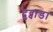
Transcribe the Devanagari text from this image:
दुव्वाडा